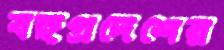
বঙ্গপ্রদেশের